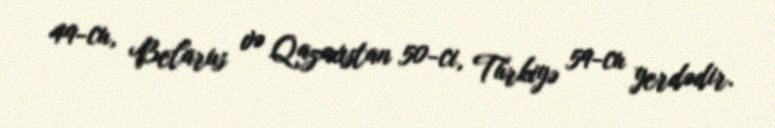
49-cu, Belarus və Qazaxıstan 50-ci, Türkiyə 59-cu yerdədir.